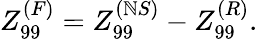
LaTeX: Z_{99}^{(F)}=Z_{99}^{(\mathbb{N}S)}-Z_{99}^{(R)}.